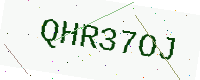
Text: QHR37OJ